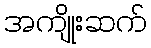
အကျိုးဆက်